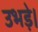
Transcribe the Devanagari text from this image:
उभड़े।